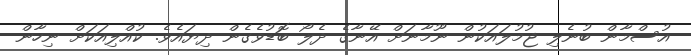
އުސްމާން ބުނެލި ޖުމުލައަކުން ނޫމާނަށް އޭނާގެ ދެލޯ ބޮޑުވެގެން ދިޔައެވެ. ކުއްލިއަކަށް ނިހާން